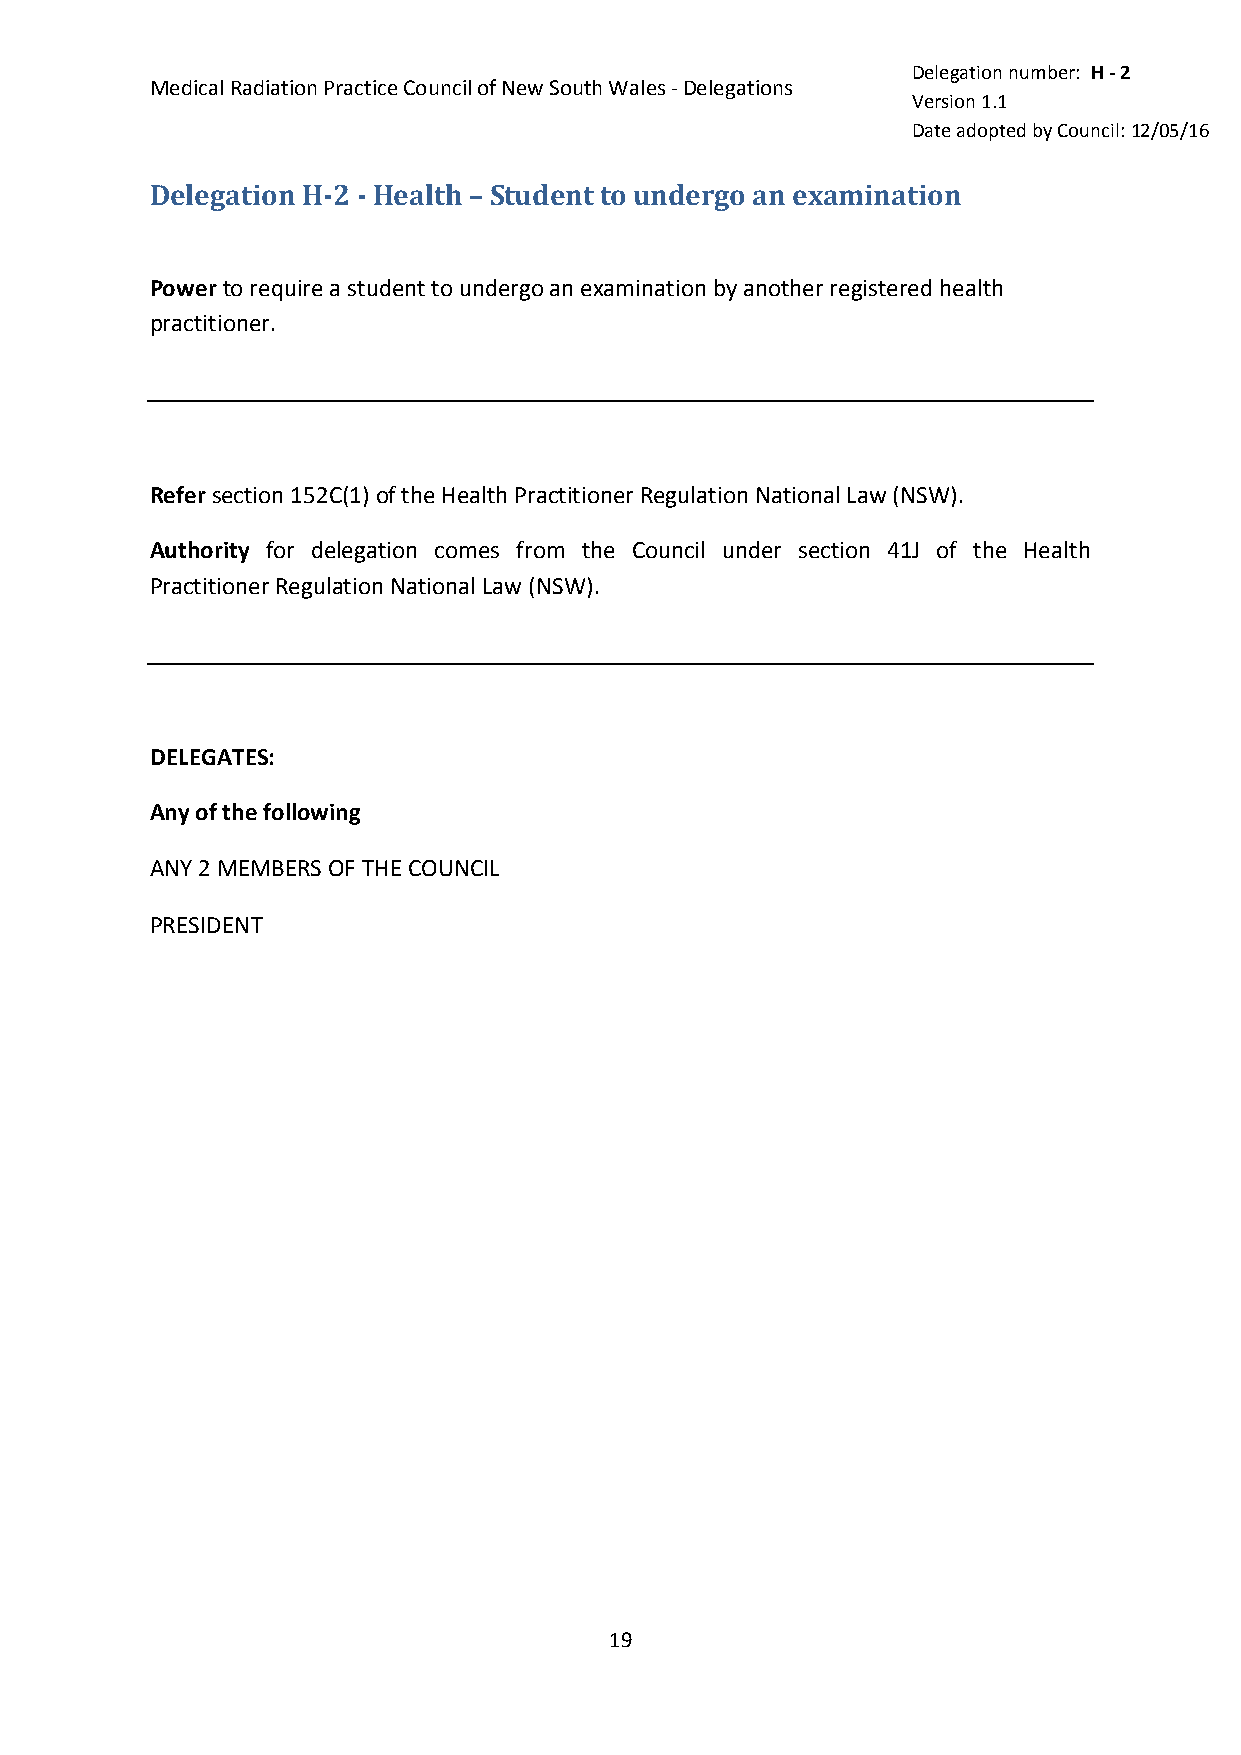
Delegation number: H - 2
 Medical Radiation Practice Council of New South Wales - Delegations
 Version 1.1
 Date adopted by Council: 12/05/16
 Delegation H-2 - Health – Student to undergo an examination
 Power to require a student to undergo an examination by another registered health
 practitioner.
 Refer section 152C(1) of the Health Practitioner Regulation National Law (NSW).
 Authority for delegation comes from the Council under section 41J of the Health
 Practitioner Regulation National Law (NSW).
 DELEGATES:
 Any of the following
 ANY 2 MEMBERS OF THE COUNCIL
 PRESIDENT
 19